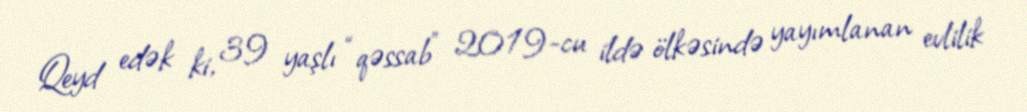
Qeyd edək ki, 39 yaşlı “qəssab” 2019-cu ildə ölkəsində yayımlanan evlilik